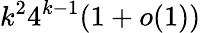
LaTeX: k^{2}4^{k-1}(1+o(1))